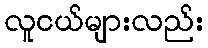
လူငယ်များလည်း